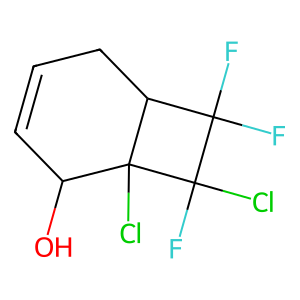
SMILES: OC1C=CCC2C(F)(F)C(F)(Cl)C12Cl
Inhibits HIV replication: No